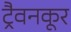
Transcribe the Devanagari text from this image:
ट्रैवनकूर